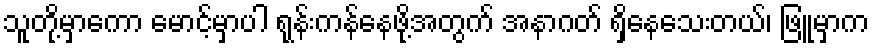
သူတို့မှာကော မောင့်မှာပါ ရုန်းကန်နေဖို့အတွက် အနာဂတ် ရှိနေသေးတယ်၊ ဖြူမှာက